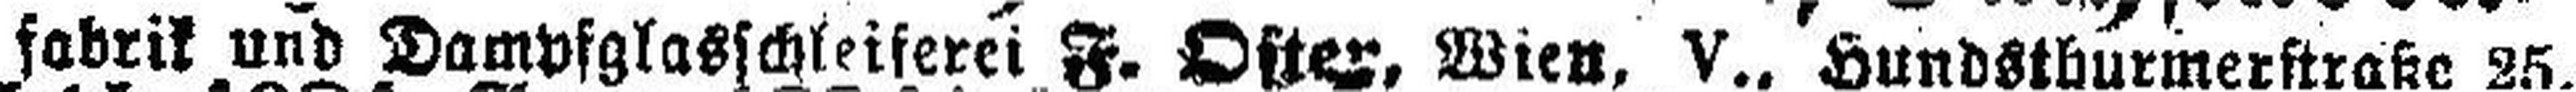
fabrik und Dampfglasschleiferei F. Ofter. Wien. V., Hundsthurmerstraße 25,